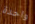
واحدة